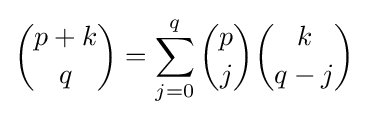
{{p+k} \choose q}=\sum _{j=0}^{q}{p \choose j}{k \choose {q-j}}